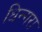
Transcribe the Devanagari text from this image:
धिन्गरा